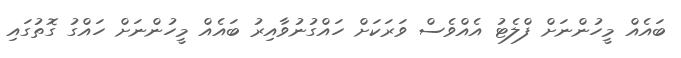
ބައެއް މީހުންނަށް ފްލެޓު އެެއްވެސް ވަރަަކަށް ހައްގުނުވާއިރު ބައެއް މީހުންނަށް ހައްގު ގޮތުގައި